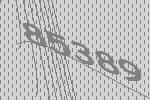
85389